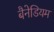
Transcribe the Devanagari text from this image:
बैनेडियम